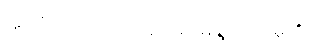
ဣတိ၊ ဤသို့။ (အဝေါစ၊ မိန့်တော်မူ၏။)